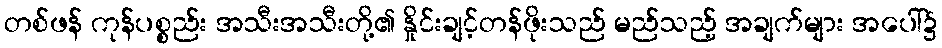
တစ်ဖန် ကုန်ပစ္စည်း အသီးအသီးတို့၏ နှိုင်းချင့်တန်ဖိုးသည် မည်သည့် အချက်များ အပေါ်၌